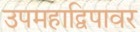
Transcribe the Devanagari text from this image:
उपमहाद्विपावर